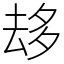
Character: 𠫾